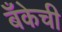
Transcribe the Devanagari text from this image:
बॅँकेची